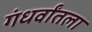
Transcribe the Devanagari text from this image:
गंधर्वांतला